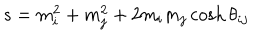
s = m _ { i } ^ { 2 } + m _ { j } ^ { 2 } + 2 m _ { i } m _ { j } \cosh \theta _ { i j }